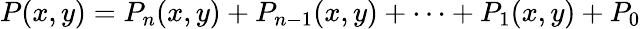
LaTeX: P(x,y)=P_{n}(x,y)+P_{n-1}(x,y)+\cdots+P_{1}(x,y)+P_{0}